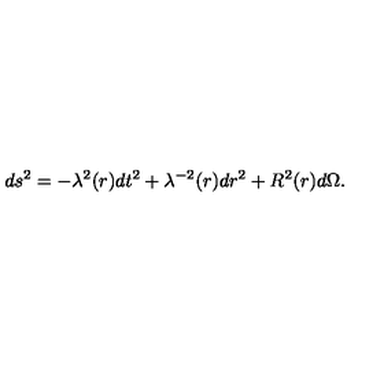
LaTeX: d s ^ { 2 } = - { \lambda } ^ { 2 } ( r ) d t ^ { 2 } + { \lambda } ^ { - 2 } ( r ) d r ^ { 2 } + R ^ { 2 } ( r ) d { \Omega } .